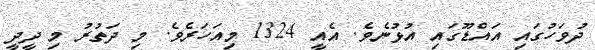
ދުވަހުގައި އައްޑޫގައި އުޅުނެވެ. އެއީ 1324 މިއަހަރެވެ. މި ދަތުރު މި ދީދީ